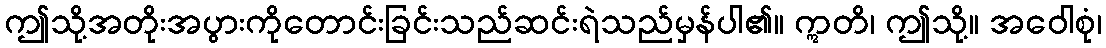
ဤသို့အတိုးအပွားကိုတောင်းခြင်းသည်ဆင်းရဲသည်မှန်ပါ၏။ ဣတိ၊ ဤသို့။ အဝေါစုံ၊